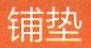
铺垫